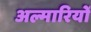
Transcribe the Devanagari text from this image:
अल्मारियों